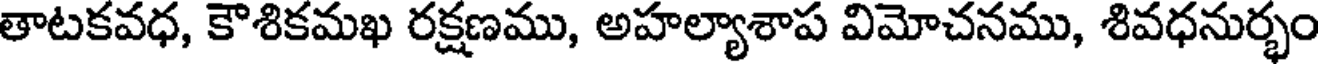
తాటకవధ, కౌశికమఖ రక్షణము, అహల్యాశాప విమోచనము, శివధనుర్భం